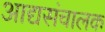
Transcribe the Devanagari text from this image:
आद्यसंचालक